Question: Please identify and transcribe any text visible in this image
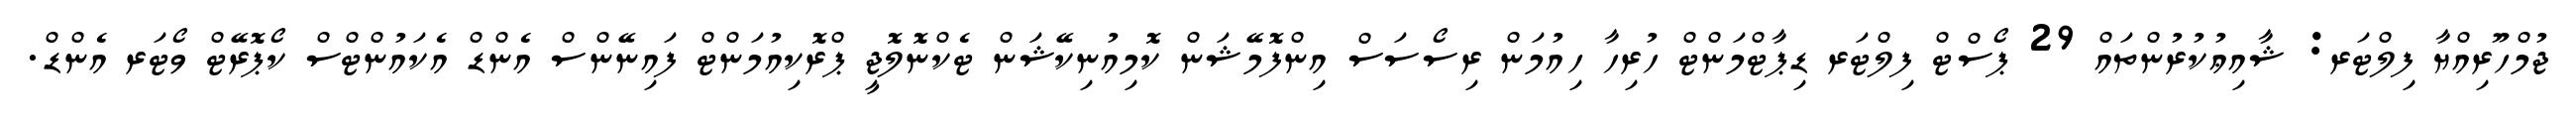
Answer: ޖުމްހޫރިއްޔާ ފިލްޓަރ: ޝާއިޢުކުރުންތައް 29 ޕޯސްޓް ފިލްޓަރ ޑިޕާޓްމަންޓް ހުރިހާ ހިއުމަން ރިސޯސަސް އިންފޮމޭޝަން ކޮމިއުނިކޭޝަން ޓެކްނޮލޮޖީ ޕްރޮކިއުމަންޓް ފައިނޭންސް އެންޑް އެކައުންޓްސް ކޯޕޮރޭޓް ވޯޓަރ އެންޑް.